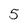
Character: 5